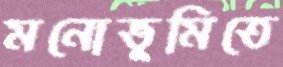
মনোভূমিতে